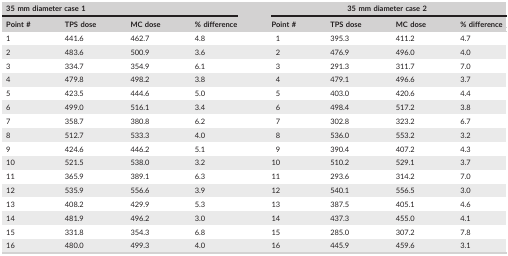
| <COLSPAN=4> 35 mm diameter case 1 | <COLSPAN=4> 35 mm diameter case 2 |
 | Point # | TPS dose | MC dose | % difference | Point # | TPS dose | MC dose | % difference |
 | --- | --- | --- | --- | --- | --- | --- | --- |
 | 1 | 441.6 | 462.7 | 4.8 | 1 | 395.3 | 411.2 | 4.7 |
 | 2 | 483.6 | 500.9 | 3.6 | 2 | 476.9 | 496.0 | 4.0 |
 | 3 | 334.7 | 354.9 | 6.1 | 3 | 291.3 | 311.7 | 7.0 |
 | 4 | 479.8 | 498.2 | 3.8 | 4 | 479.1 | 496.6 | 3.7 |
 | 5 | 423.5 | 444.6 | 5.0 | 5 | 403.0 | 420.6 | 4.4 |
 | 6 | 499.0 | 516.1 | 3.4 | 6 | 498.4 | 517.2 | 3.8 |
 | 7 | 358.7 | 380.8 | 6.2 | 7 | 302.8 | 323.2 | 6.7 |
 | 8 | 512.7 | 533.3 | 4.0 | 8 | 536.0 | 553.2 | 3.2 |
 | 9 | 424.6 | 446.2 | 5.1 | 9 | 390.4 | 407.2 | 4.3 |
 | 10 | 521.5 | 538.0 | 3.2 | 10 | 510.2 | 529.1 | 3.7 |
 | 11 | 365.9 | 389.1 | 6.3 | 11 | 293.6 | 314.2 | 7.0 |
 | 12 | 535.9 | 556.6 | 3.9 | 12 | 540.1 | 556.5 | 3.0 |
 | 13 | 408.2 | 429.9 | 5.3 | 13 | 387.5 | 405.1 | 4.6 |
 | 14 | 481.9 | 496.2 | 3.0 | 14 | 437.3 | 455.0 | 4.1 |
 | 15 | 331.8 | 354.3 | 6.8 | 15 | 285.0 | 307.2 | 7.8 |
 | 16 | 480.0 | 499.3 | 4.0 | 16 | 445.9 | 459.6 | 3.1 |